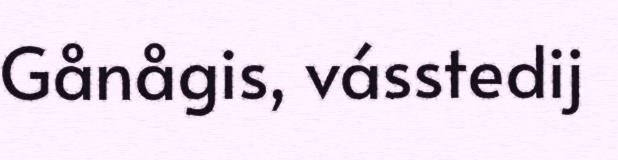
Gånågis, vásstedij